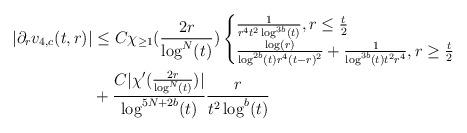
LaTeX: \begin{align*} |\partial_{r}v_{4,c}(t,r)| &\leq C \chi_{\geq 1}(\frac{2r}{\log^{N}(t)}) \begin{cases} \frac{1}{r^{4}t^{2}\log^{3b}(t)}, r \leq \frac{t}{2}\\\frac{\log(r)}{\log^{2b}(t) r^{4}(t-r)^{2}} + \frac{1}{\log^{3b}(t) t^{2}r^{4}}, r \geq \frac{t}{2}\end{cases}\\&+\frac{C |\chi'(\frac{2r}{\log^{N}(t)})|}{\log^{5N+2b}(t)} \frac{r}{t^{2}\log^{b}(t)} \end{align*}